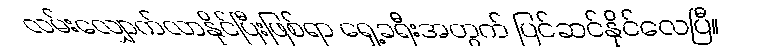
လမ်းလျှောက်လာနိုင်ပြီးဖြစ်ရာ ရှေ့ခရီးအတွက် ပြင်ဆင်နိုင်လေပြီ။